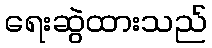
ရေးဆွဲထားသည်